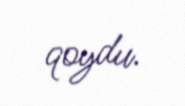
qoydu.